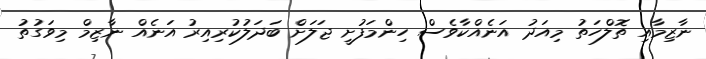
ނާޒިމާއި ތޮލްހަތު މިއަދު އަނެއްކާވެސް ހިންމަފުށީ ޖަލަށް ބަދަލުކުރިއިރު އަނެއް ނާޒިމް މިވަގުތު